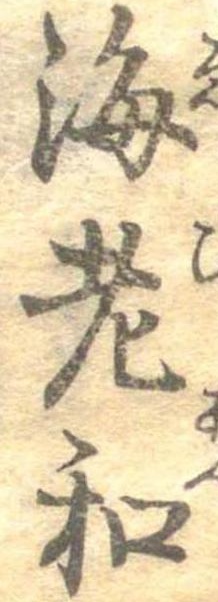
海老和